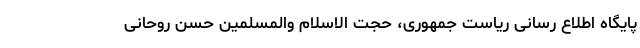
پایگاه اطلاع رسانی ریاست جمهوری، حجت الاسلام والمسلمین حسن روحانی